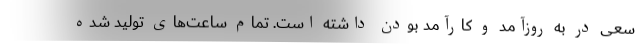
سعی در به روزآمد و کارآمد بودن داشته است. تمام ساعت‌های تولید شده